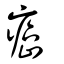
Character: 癌